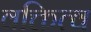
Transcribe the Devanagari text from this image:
वक्तित्व